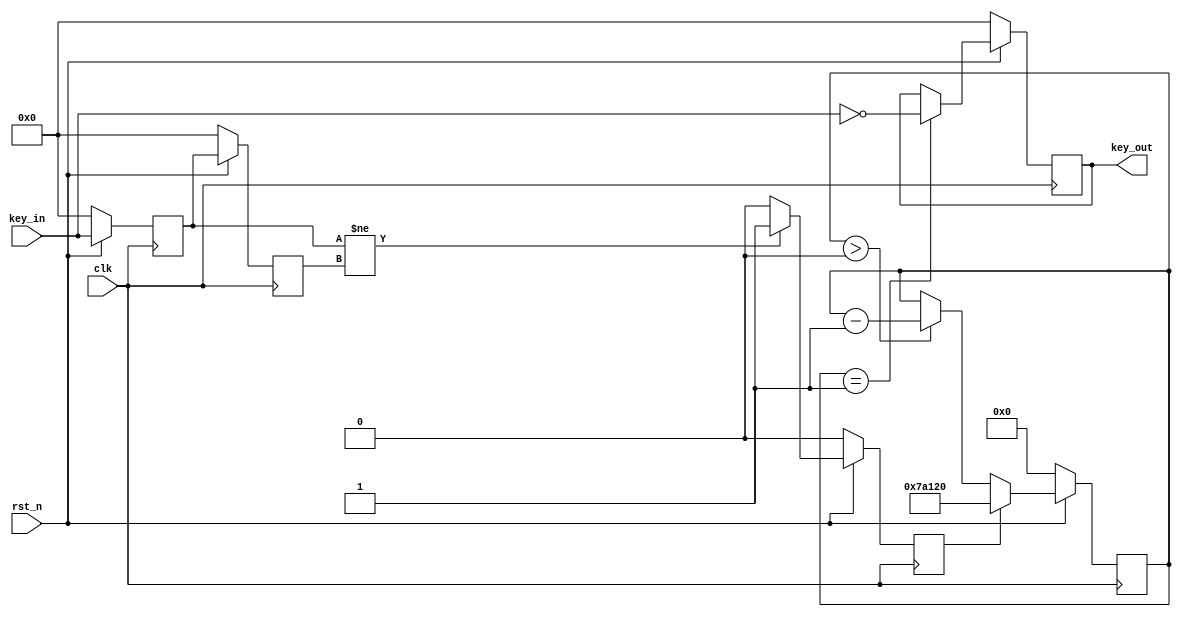
module key (
	input clk,
	input rst_n,
	
	// when key_in is 1, key is up
	input [3:0] key_in,
	// whey key_out is 1, key is activated
	output reg [3:0] key_out
);


// consider 50 MHz
parameter KEY_DELAY = 30'd500_000;
reg [29:0] delay_cnt;

// detect key state change
reg [3:0] key_in_d1;
reg [3:0] key_in_d2;

// detection key changed
reg key_changed;

// generate two delays
always @ (posedge clk) begin
	if (!rst_n) begin
		key_in_d1 <= 4'b0000;
		key_in_d2 <= 4'b0000;
	end
	else begin
		key_in_d1 <= key_in;
		key_in_d2 <= key_in_d1;
	end
end

// detect if key changes
always @ (posedge clk) begin
	if (!rst_n)
		key_changed <= 0;
	else begin
		if (key_in_d1 != key_in_d2)
			key_changed <= 1;
		else
			key_changed <= 0;
	end	
end

// delay timer count down when key presses
always @ (posedge clk) begin
	if (!rst_n)
		delay_cnt <= 0;
	else begin
		if (key_changed)
			delay_cnt <= KEY_DELAY;
		else if (delay_cnt > 0)
			delay_cnt <= delay_cnt - 1;
		else
			delay_cnt <= delay_cnt;
	end	
end

always @ (posedge clk) begin
	if (!rst_n)
		key_out <= 4'b0000;
	else begin
		if (delay_cnt == 1)
			key_out <= ~key_in;
		else
			key_out <= key_out;
	end
end

endmodule